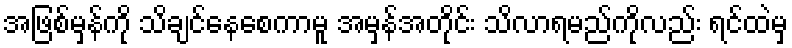
အဖြစ်မှန်ကို သိချင်နေစေကာမူ အမှန်အတိုင်း သိလာရမည်ကိုလည်း ရင်ထဲမှ